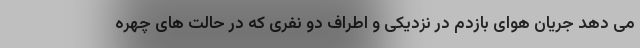
می دهد جریان هوای بازدم در نزدیکی و اطراف دو نفری که در حالت های چهره